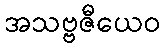
အသဗ္ဗဇီယေဝ